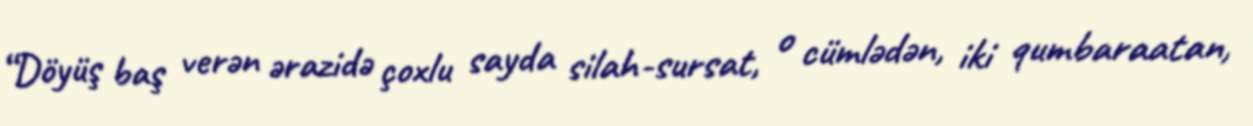
“Döyüş baş verən ərazidə çoxlu sayda silah-sursat, o cümlədən, iki qumbaraatan,